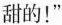
甜的！”